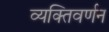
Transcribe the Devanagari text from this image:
व्यक्तिवर्णन